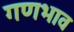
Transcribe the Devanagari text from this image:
गणभाव